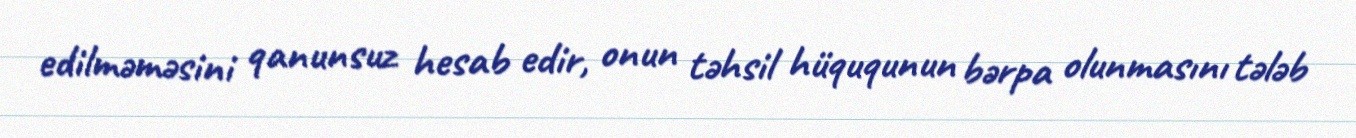
edilməməsini qanunsuz hesab edir, onun təhsil hüququnun bərpa olunmasını tələb